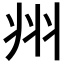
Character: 𭘀